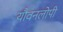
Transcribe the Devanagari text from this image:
यौवनलोपी